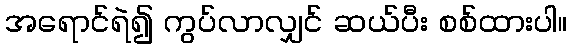
အရောင်ရဲ၍ ကွပ်လာလျှင် ဆယ်ပီး စစ်ထားပါ။